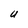
Character: U